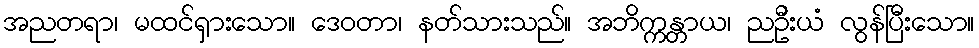
အညတရာ၊ မထင်ရှားသော။ ဒေဝတာ၊ နတ်သားသည်။ အဘိက္ကန္တာယ၊ ညဦးယံ လွန်ပြီးသော။